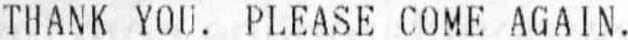
THANK YOU. PLEASE COME AGAIN.